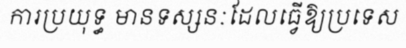
ការប្រយុទ្ធ មានទស្សនៈដែលធ្វើឱ្យប្រទេស